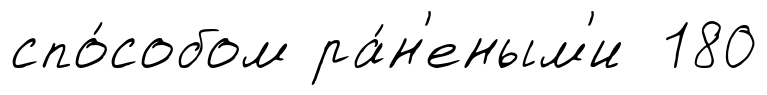
спо́собом ра́н'еным'и 180